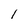
Character: l